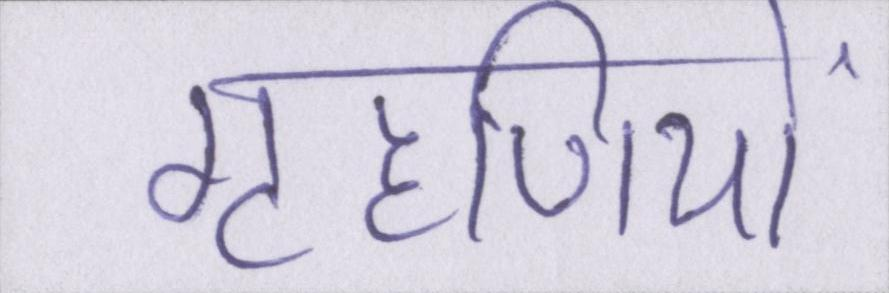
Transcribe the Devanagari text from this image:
गृहणियों